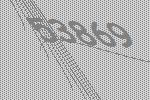
53869